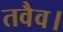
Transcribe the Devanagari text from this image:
तवैव।